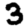
Digit: 3